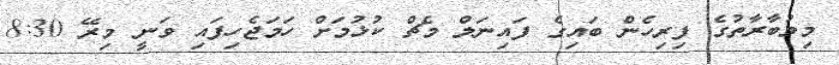
މިމުބާރާތުގެ ފިރިހެން ބައިގެ ފައިނަލް މެޗް ކުޅުމަށް ހަމަޖެހިފައި ވަނީ މިރޭ 8:30